system: You are a helpful assistant.
user:
Analyze the provided spectrum to determine if it is a **Carbon Star (C-type)**.

- **Key Visual Indicators of Carbon Star:**
    - **(Primary):** Strong molecular absorption from **C₂ (diatomic carbon) "Swan Bands."** This is the **defining feature** of a carbon star.
        - **(Key Bandheads):** Sharp absorption edges are visible at approximately $5635$ Å, $5165$ Å (the strongest band), and $4737$ Å.
        - **(Line Profile):** Creates a distinct **"saw-tooth"** pattern. The key morphology is a sharp, steep bandhead on the **red (long-wavelength) side**, which then gradually tapers off (i.e., flux recovers) towards the **blue (short-wavelength) side**. *(This is the direct opposite of the TiO bands seen in M-type stars)*.

    - **(Secondary):** Intense **CN (cyanogen)** molecular absorption bands.
        - **(Key Bandheads):** Located in the blue and violet regions of the spectrum (e.g., near $4215$ Å and $3883$ Å).
        - **(Morphology):** These bands are extremely broad and act as a "blanket," absorbing the vast majority of blue and violet light. This creates a characteristic **"cliff"** or **"steep drop-off"** in the spectrum's flux at short wavelengths.

    - **(Key Confirmation):** Strong **CH absorption band (G-band)**.
        - **(Key Bandhead):** Located around $4300$ Å. The contribution from CH molecules to this band is exceptionally strong.

    - **(Overall Spectrum):**
        - The continuum is severely "chopped up" by these deep molecular bands, especially C₂, rather than appearing as a smooth curve.
        - Due to the heavy CN and C₂ absorption in the blue-green, the vast majority of the star's flux is concentrated in the red part of the spectrum, giving the star its characteristic deep red color.

Think first, call **spectral_visualization_tool** if needed to examine features in detail, then provide your final answer. Your response must adhere to the following strict rules:
1.  **Overall Structure:** Your response must follow the format `<think>...</think> <tool_call>...</tool_call> (if a tool is used) <answer>...</answer>`.
2.  **Tool Usage Constraint:** You may only make **one** tool call per turn.
3.  **Final Answer Format:** In the `<answer>` tag, your conclusion must be inside a `\boxed{}` command (e.g., `\boxed{YES}`), followed by your justification.

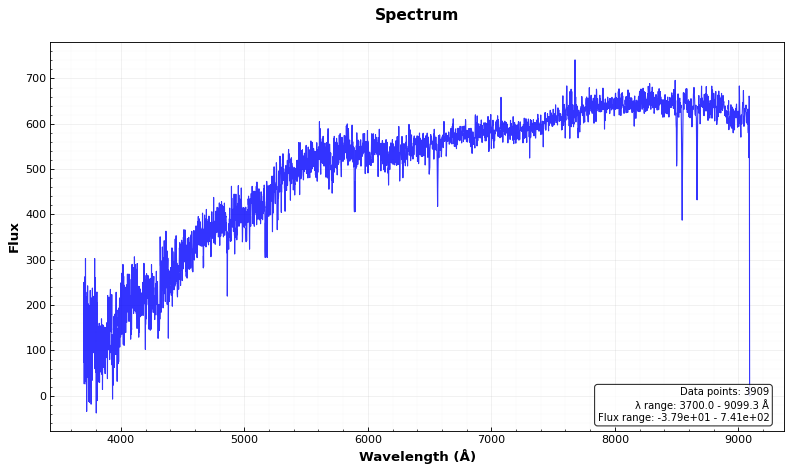
Answer: NO